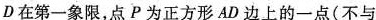
D在第一象限，点P为正方形AD边上的一点(不与